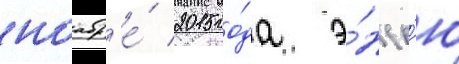
ноабр'е́ 2015 го́да э́ндр'ю